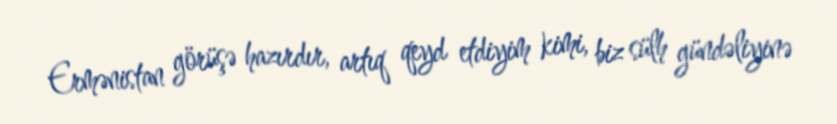
Ermənistan görüşə hazırdır, artıq qeyd etdiyim kimi, biz sülh gündəliyinə